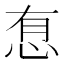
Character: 㤫